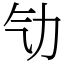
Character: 㔕